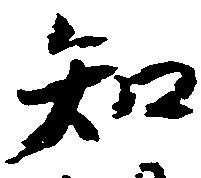
知